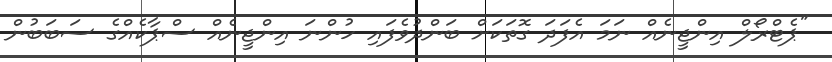
"ޕެޓްރޯލް އިންޖީނެއް ނަމަ އެފަދަ ގޮތަކަށް ބަންދުވެފައި ހުންނަ އިންޖީނެއް ސްޕާކެއްގެ ސަބަބުން